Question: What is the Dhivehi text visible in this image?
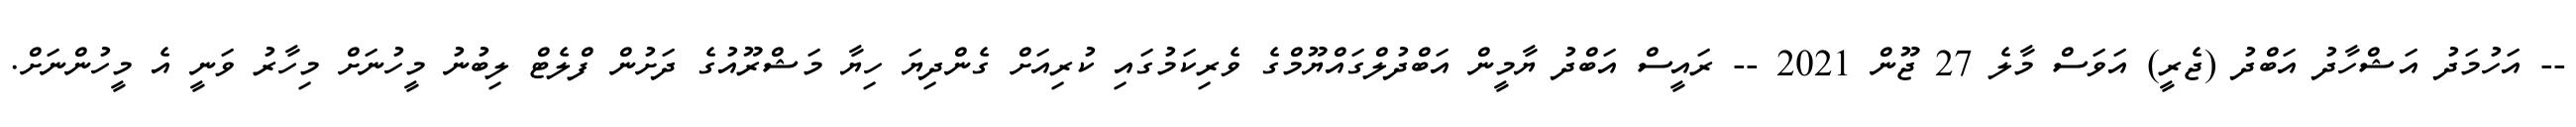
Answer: -- އަހުމަދު އަޝްހާދު އަބްދު (ޖެރީ) އަވަސް މާލެ 27 ޖޫން 2021 -- ރައީސް އަބްދު ޔާމީން އަބްދުލްގައްޔޫމްގެ ވެރިކަމުގައި ކުރިއަށް ގެންދިޔަ ހިޔާ މަޝްރޫއުގެ ދަށުން ފްލެޓް ލިބުނު މީހުނަށް މިހާރު ވަނީ އެ މީހުންނަށް.